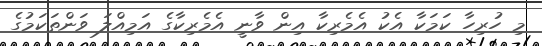
މި ހުރިހާ ކަމަކާ އެކު އެމެރިކާ އިން ވާނީ އެމެރިކާގެ އަމިއްލަ ވަންތަކަމުގެ